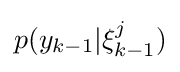
p(y_{k-1}|\xi _{k-1}^{j})